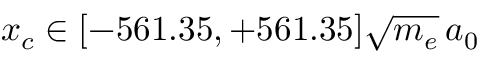
x _ { c } \in [ - 5 6 1 . 3 5 , + 5 6 1 . 3 5 ] \sqrt { m _ { e } } \, a _ { 0 }